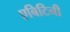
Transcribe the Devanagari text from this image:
एबिटिनी